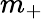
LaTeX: m_{+}